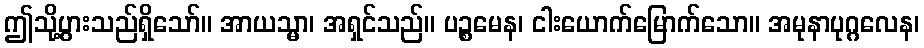
ဤသို့ပွားသည်ရှိသော်။ အာယသ္မာ၊ အရှင်သည်။ ပဉ္စမေန၊ ငါးယောက်မြောက်သော။ အမုနာပုဂ္ဂလေန၊